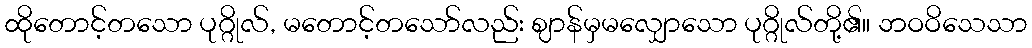
ထိုတောင့်တသော ပုဂ္ဂိုလ်, မတောင့်တသော်လည်း ဈာန်မှမလျှောသော ပုဂ္ဂိုလ်တို့၏။ ဘဝဝိသေသာ